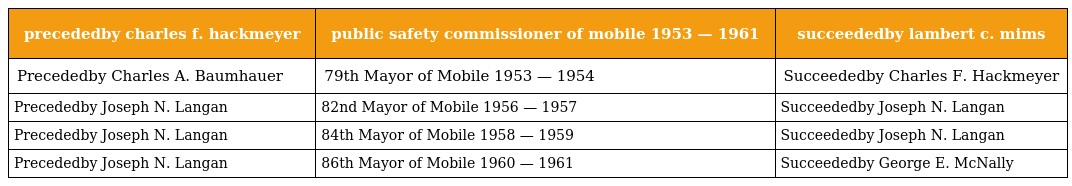
| precededby charles f. hackmeyer | public safety commissioner of mobile 1953 — 1961 | succeededby lambert c. mims |
 | --- | --- | --- |
 | Precededby Charles A. Baumhauer | 79th Mayor of Mobile 1953 — 1954 | Succeededby Charles F. Hackmeyer |
 | Precededby Joseph N. Langan | 82nd Mayor of Mobile 1956 — 1957 | Succeededby Joseph N. Langan |
 | Precededby Joseph N. Langan | 84th Mayor of Mobile 1958 — 1959 | Succeededby Joseph N. Langan |
 | Precededby Joseph N. Langan | 86th Mayor of Mobile 1960 — 1961 | Succeededby George E. McNally |